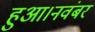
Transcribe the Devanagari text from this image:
हुआ।नवंबर